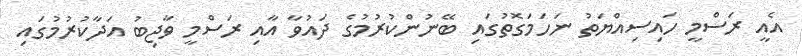
އެއީ ރަސްމީ ހައިސިއްޔަތު ނަހަމަގޮތުގައި ބޭނުންކުރުމުގެ ދައުވާ އާއި ރަސްމީ ވާޖިބު އަދާކުރުމުގައި